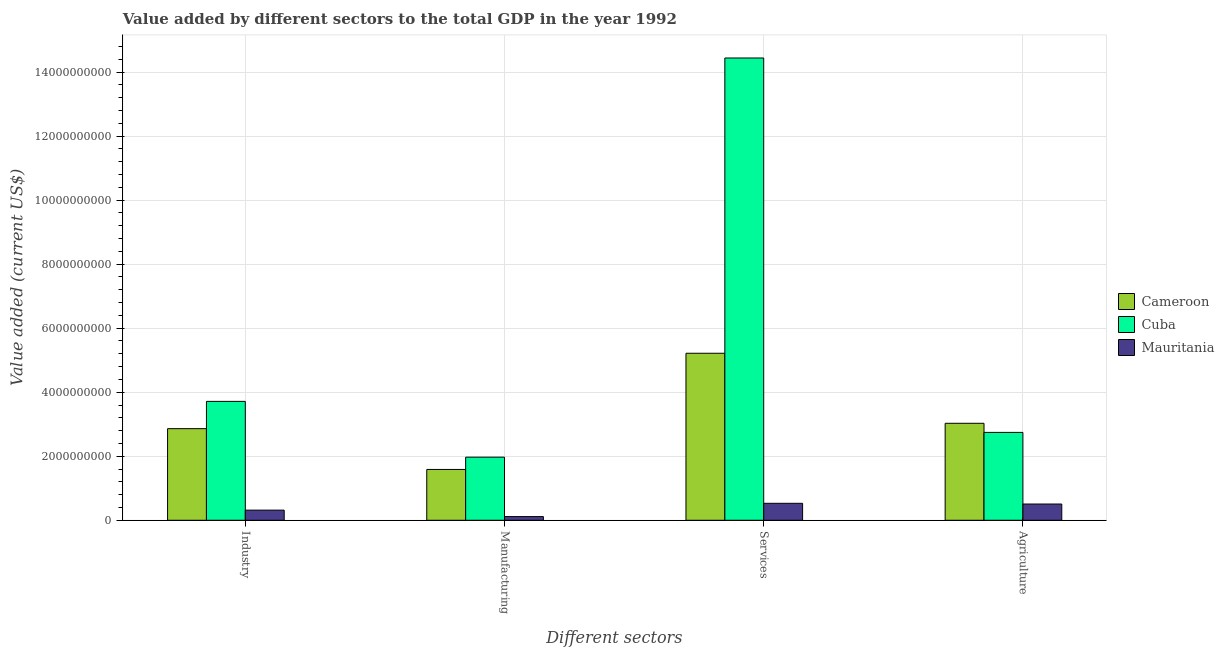
| Different sectors | Cameroon | Cuba | Mauritania |
 | --- | --- | --- | --- |
 | Industry | 2.86e+09 | 3.71e+09 | 3.17e+08 |
 | Manufacturing | 1.59e+09 | 1.97e+09 | 1.15e+08 |
 | Services | 5.22e+09 | 1.44e+10 | 5.3e+08 |
 | Agriculture | 3.03e+09 | 2.74e+09 | 5.07e+08 |